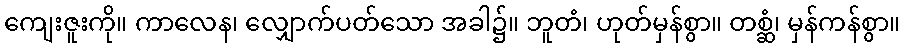
ကျေးဇူးကို။ ကာလေန၊ လျှောက်ပတ်သော အခါ၌။ ဘူတံ၊ ဟုတ်မှန်စွာ။ တစ္ဆံ၊ မှန်ကန်စွာ။